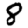
Digit: 8